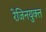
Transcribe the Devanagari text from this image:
रेजिनयुक्त